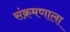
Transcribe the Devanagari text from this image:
संक्रमणाला